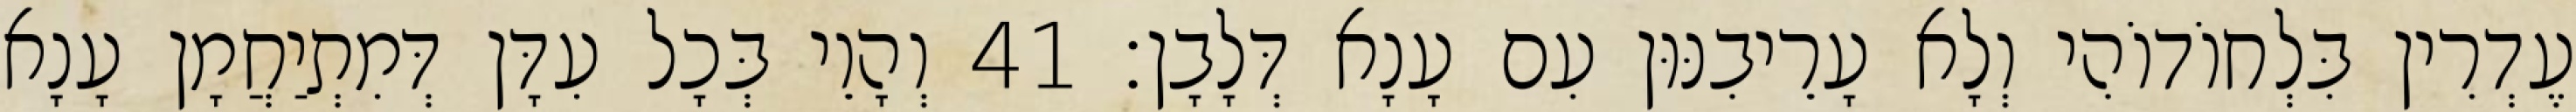
עֶדְרִין בִּלְחוֹדוֹהִי וְלָא עָרֵיבִנּוּן עִם עָנָא דְּלָבָן׃ 41 וְהָוֵי בְּכָל עִדָּן דְּמִתְיַחֲמָן עָנָא